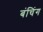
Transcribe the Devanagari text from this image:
बंचिंग